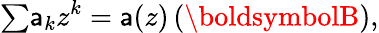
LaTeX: {\textstyle\sum}\mathsf{a}_{k}z^{k}=\mathsf{a}(z)\, (\boldsymbolB),